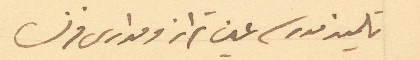
تلميذ مدرسة عين تراز ومدارس فرنسا